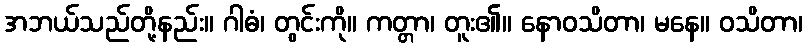
အဘယ်သည်တို့နည်း။ ဂါဓံ၊ တွင်းကို။ ကတ္တာ၊ တူး၏။ နောဝသိတာ၊ မနေ။ ဝသိတာ၊